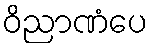
ဝိညာဏံပေ